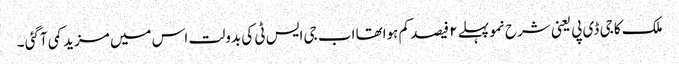
ملک کا جی ڈی پی یعنی شرح نمو پہلے ۲ فیصد کم ہواتھا اب جی ایس ٹی کی بدولت اس میں مزید کمی آگئی ۔